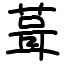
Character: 葺